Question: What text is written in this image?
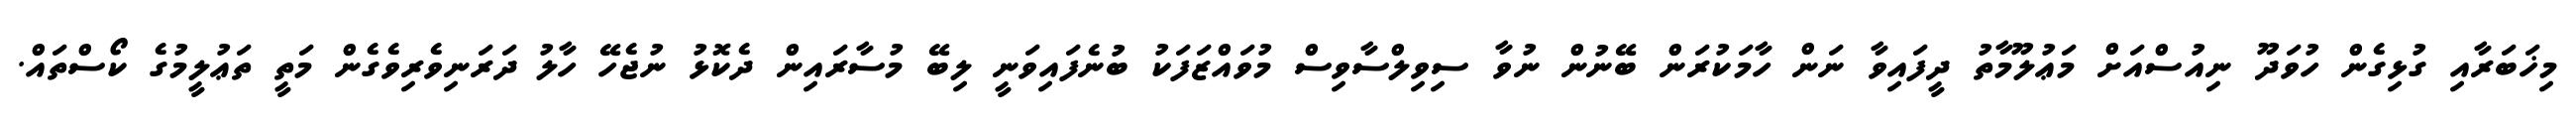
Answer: މިޚަބަރާއި ގުޅިގެން ހުވަދޫ ނިއުސްއަށް މަޢުލޫމާތު ދީފައިވާ ނަން ހާމަކުރަން ބޭނުން ނުވާ ސިވިލްސާވިސް މުވައްޒަފަކު ބުނެފައިވަނީ ލިބޭ މުސާރައިން ދެކޮޅު ނުޖެހޭ ހާލު ދަރަނިވެރިވެގެން މަތީ ތަޢުލީމުގެ ކޯސްތައް.